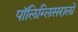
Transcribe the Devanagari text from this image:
पॉलिग्लिसरालों